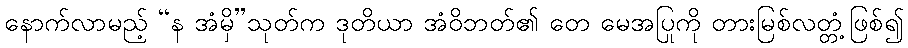
နောက်လာမည့် “န အံမှိ”သုတ်က ဒုတိယာ အံဝိဘတ်၏ တေ မေအပြုကို တားမြစ်လတ္တံ့ဖြစ်၍